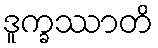
ဒူက္ခဿာတိ